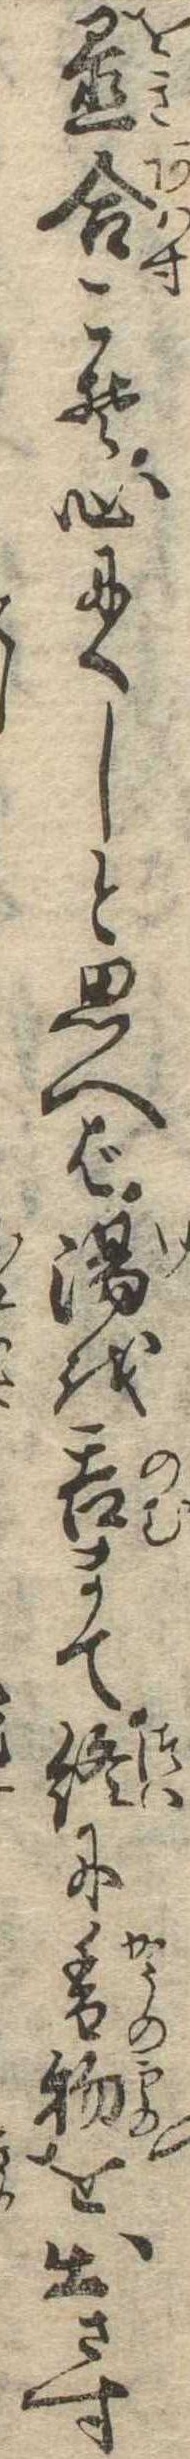
置合こそ心にくしと思へば湯を呑まて終に香物を出さす